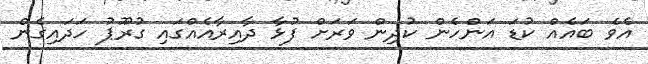
އެވެ ބައެއް ކުޑަ އަންހެން ކުދިން ވަރަށް ފުޅާ ދާއިރާއެއްގައި ގުރޫޕު ހަދައިގެން